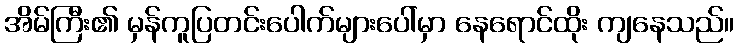
အိမ်ကြီး၏ မှန်ကူပြတင်းပေါက်များပေါ်မှာ နေရောင်ထိုး ကျနေသည်။